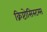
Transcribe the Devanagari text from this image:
क्रिप्टोसिस्टम्स